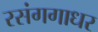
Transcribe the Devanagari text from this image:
रसंगगाधर